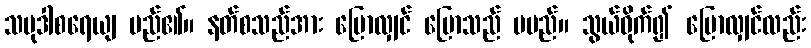
သမုဒါစရေယျ မည်၏။ နတ်စသည်အား ပြောလျှင် ပြောသည် မမည်။ သွယ်ဝိုက်၍ ပြောလျှင်လည်း